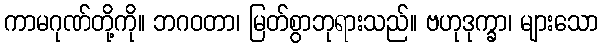
ကာမဂုဏ်တို့ကို။ ဘဂဝတာ၊ မြတ်စွာဘုရားသည်။ ဗဟုဒုက္ခာ၊ များသော